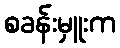
စခန်းမှူးက